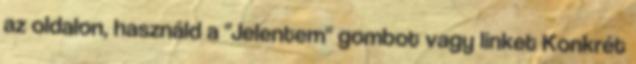
az oldalon, használd a "Jelentem" gombot vagy linket Konkrét